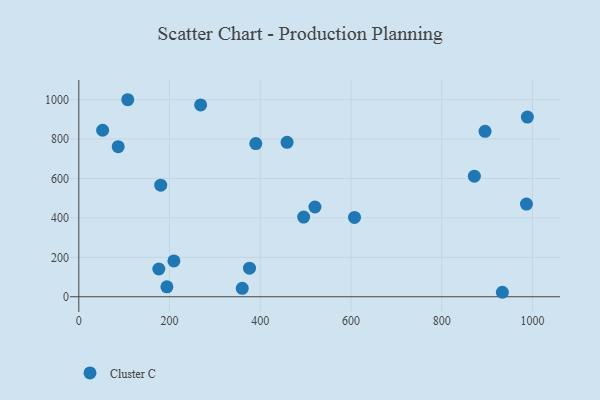
{"axis": {"x": "Ad Spend", "y": "Exam Score"}, "legend": ["Cluster C"], "data": [{"x": "176.4", "y": 140.7, "type": "Cluster C"}, {"x": "268.6", "y": 972.7, "type": "Cluster C"}, {"x": "933.8", "y": 22.7, "type": "Cluster C"}, {"x": "376.3", "y": 144.8, "type": "Cluster C"}, {"x": "872.0", "y": 611.2, "type": "Cluster C"}, {"x": "895.6", "y": 838.9, "type": "Cluster C"}, {"x": "607.8", "y": 402.5, "type": "Cluster C"}, {"x": "180.6", "y": 565.7, "type": "Cluster C"}, {"x": "459.1", "y": 782.9, "type": "Cluster C"}, {"x": "390.2", "y": 776.6, "type": "Cluster C"}, {"x": "194.2", "y": 50.5, "type": "Cluster C"}, {"x": "495.7", "y": 404.2, "type": "Cluster C"}, {"x": "520.6", "y": 455.2, "type": "Cluster C"}, {"x": "209.6", "y": 181.6, "type": "Cluster C"}, {"x": "360.3", "y": 42.6, "type": "Cluster C"}, {"x": "986.8", "y": 469.7, "type": "Cluster C"}, {"x": "86.8", "y": 760.8, "type": "Cluster C"}, {"x": "988.9", "y": 911.1, "type": "Cluster C"}, {"x": "107.9", "y": 999.1, "type": "Cluster C"}, {"x": "52.5", "y": 844.2, "type": "Cluster C"}]}